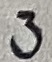
Text: 3